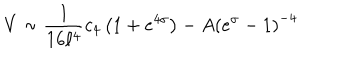
LaTeX: V \sim { \frac { 1 } { 1 6 \ell ^ { 4 } } } c _ { 4 } \left( 1 + e ^ { 4 \sigma } \right) - A \left( e ^ { \sigma } - 1 \right) ^ { - 4 }